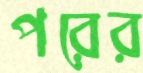
পরের